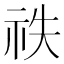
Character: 祑